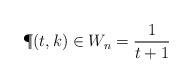
LaTeX: \begin{align*} \P{(t, k)\in W_n} = \frac{1}{t+1} \end{align*}